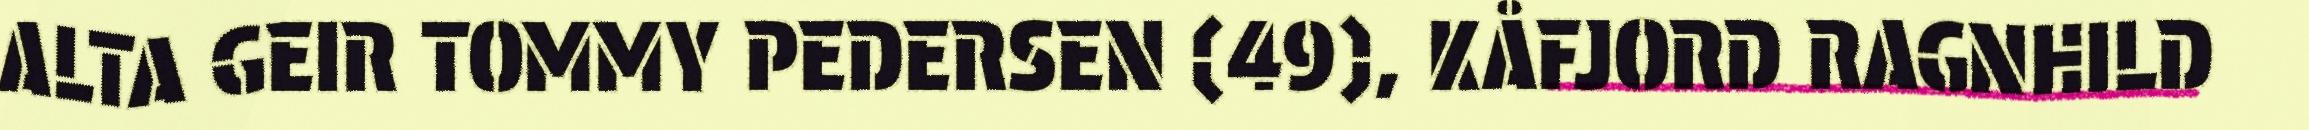
ALTA GEIR TOMMY PEDERSEN (49), KÅFJORD RAGNHILD